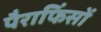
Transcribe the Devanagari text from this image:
पैराफिंसों